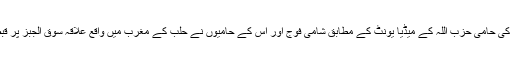
شامی حکومت کی حامی حزب اللہ کے میڈیا یونٹ کے مطابق شامی فوج اور اس کے حامیوں نے حلب کے مغرب میں واقع علاقہ سوق الجبز پر قبضہ کر لیا ہے۔